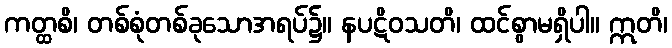
ကတ္ထစိ၊ တစ်စုံတစ်ခုသောအရပ်၌။ နပဋိဝသတိ၊ ထင်စွာမရှိပါ။ ဣတိ၊